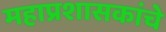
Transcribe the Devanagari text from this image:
महाप्रशासकांचे